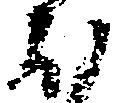
ほ